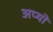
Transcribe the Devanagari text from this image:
अप्यो